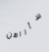
سأراهن